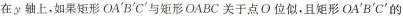
在y轴上，如果矩形OA'B'C'与矩形OABC关于点O位似，且矩形OA'B'℃'的